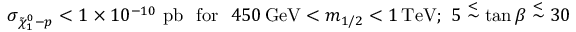
\sigma _ { \tilde { \chi } _ { 1 } ^ { 0 } - p } < 1 \times 1 0 ^ { - 1 0 } \, \, \mathrm { p b } \, \, \, \, \mathrm { f o r } \, \, \, \, 4 5 0 \, \mathrm { G e V } < m _ { 1 / 2 } < 1 \, \mathrm { T e V } ; \, \, 5 \stackrel { < } { \sim } \tan \beta \stackrel { < } { \sim } 3 0